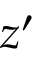
z ^ { \prime }